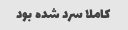
کاملا سرد شده بود